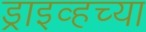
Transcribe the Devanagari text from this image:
ड्राइव्हच्या